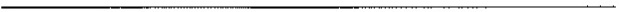
___